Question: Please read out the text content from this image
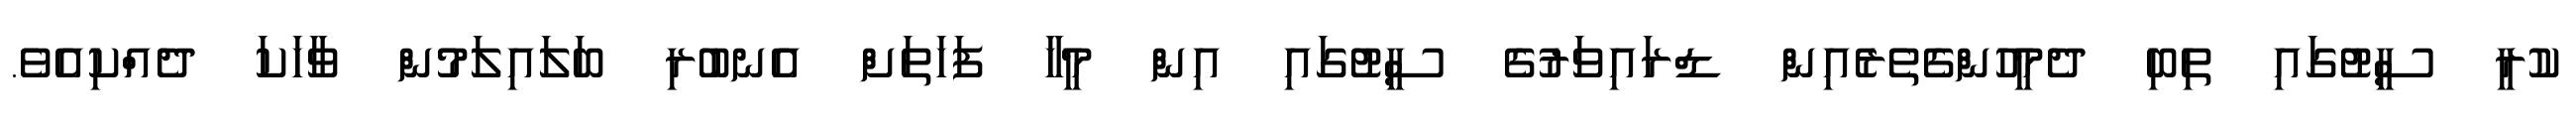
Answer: ކުރީ ސީޓުގައި ތިބި ދެމީހުންގެތެރެއިން ޑްރައިވަރުގެ ސީޓުގައި އިން މީހާ ފަހަތަށް އެނބުރި ބަލައިލަމުން ވާހަކަ ދެއްކިއެވެ.